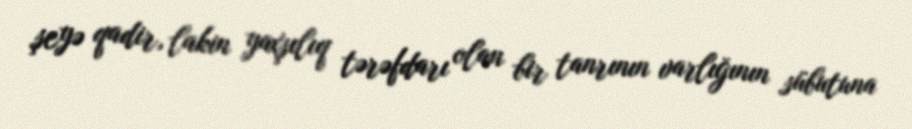
şeyə qadir, lakin yaxşılıq tərəfdarı olan bir tanrının varlığının sübutuna